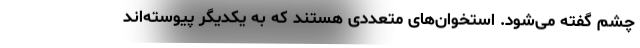
چشم گفته می‌شود. استخوان‌های متعددی هستند که به یکدیگر پیوسته‌اند